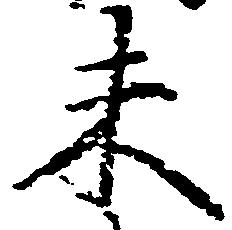
未